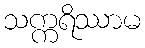
သက္ကရိဿာမ